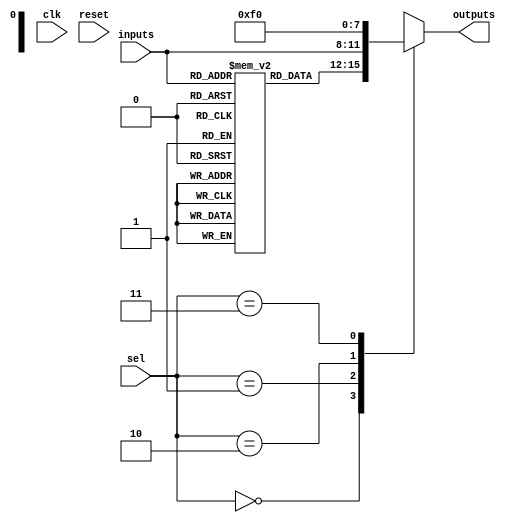
module CLB (
    input wire [3:0] inputs,          // 4 input signals
    input wire [1:0] sel,             // Selector for multiplexer
    input wire clk,                   // Clock signal for control
    input wire reset,                 // Reset signal
    output wire [3:0] outputs         // 4 output signals
);

// Internal signals
wire [3:0] lut_out;                 // Output from the LUT
wire [3:0] mux_out;                 // Output from the multiplexer

// Configuration memory for LUT (example: a simple AND function)
reg [3:0] lut_memory [0:15];        // LUT memory for 16 combinations

// Initialize LUT with a simple logic function (AND)
initial begin
    lut_memory[0] = 4'b0000; // 0 AND 0 = 0
    lut_memory[1] = 4'b0000; // 0 AND 1 = 0
    lut_memory[2] = 4'b0000; // 1 AND 0 = 0
    lut_memory[3] = 4'b0001; // 1 AND 1 = 1
    // ... (initialize other combinations as needed)
end

// LUT logic
assign lut_out = lut_memory[inputs];

// Multiplexer logic
always @(*) begin
    case (sel)
        2'b00: mux_out = lut_out;          // Output from LUT
        2'b01: mux_out = inputs;           // Direct input
        2'b10: mux_out = 4'b1111;          // Constant high
        2'b11: mux_out = 4'b0000;          // Constant low
        default: mux_out = 4'b0000;        // Default case
    endcase
end

// Output logic with feedback path (optional)
assign outputs = mux_out;

// Control signal handling (reset example)
always @(posedge clk or posedge reset) begin
    if (reset) begin
        // Reset logic can be implemented here if needed
    end
end

endmodule